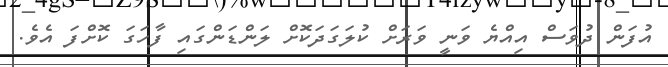
އުފަން ދުވަސް އިއްޔެ ވަނީ ވަރަށް ކުލަގަދަކޮށް ލަންޑަންގައި ފާހަގަ ކޮށްފަ އެވެ.